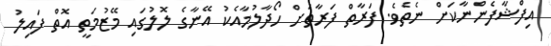
އިފްޝާފެންނާކަށް ނެތެވެ. ފަރާތް ފަރާތަށް ހޯދާލުމާއެކު އޭނާގެ ލޮލުގައި މޭޒުމަތީ އޮތް ފައިލު